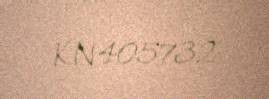
KN405732